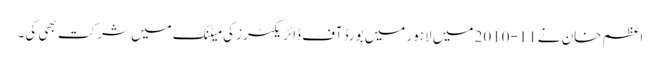
اعظم خان نے11-2010 میں لاہور میں بورڈ آف ڈائریکٹرز کی میٹنگ میں شرکت بھی کی۔